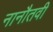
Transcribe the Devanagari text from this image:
नानौतवी